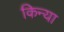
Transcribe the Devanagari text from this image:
किन्या